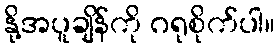
နို့အပူချိန်ကို ဂရုစိုက်ပါ။